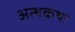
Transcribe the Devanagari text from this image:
अत्थकथा